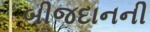
બીજદાનની